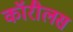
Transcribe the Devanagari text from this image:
कॉरीलस